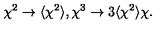
{ \chi } ^ { 2 } \to \langle { \chi } ^ { 2 } \rangle , { \chi } ^ { 3 } \to 3 \langle { \chi } ^ { 2 } \rangle { \chi } .